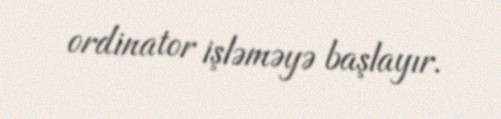
ordinator işləməyə başlayır.